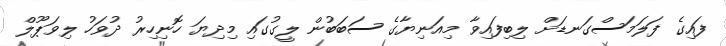
ފައިގެ ފަލަމަސްގަނޑަށް ލިބިފައިވާ މިއަނިޔާގެ ސަބަބުން ލީގުގައި މިދިޔަ ހޮނިހިރު ދުވަހު ލިވަޕޫލް